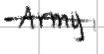
Text: Army
Cross-out: single-line
Writing tool: digital_black